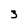
Character: 3